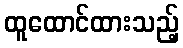
ထူထောင်ထားသည့်